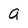
Character: g